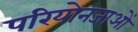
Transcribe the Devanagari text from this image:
परियोनजाओं